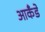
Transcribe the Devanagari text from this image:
आकँडे